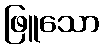
ဖြူသော